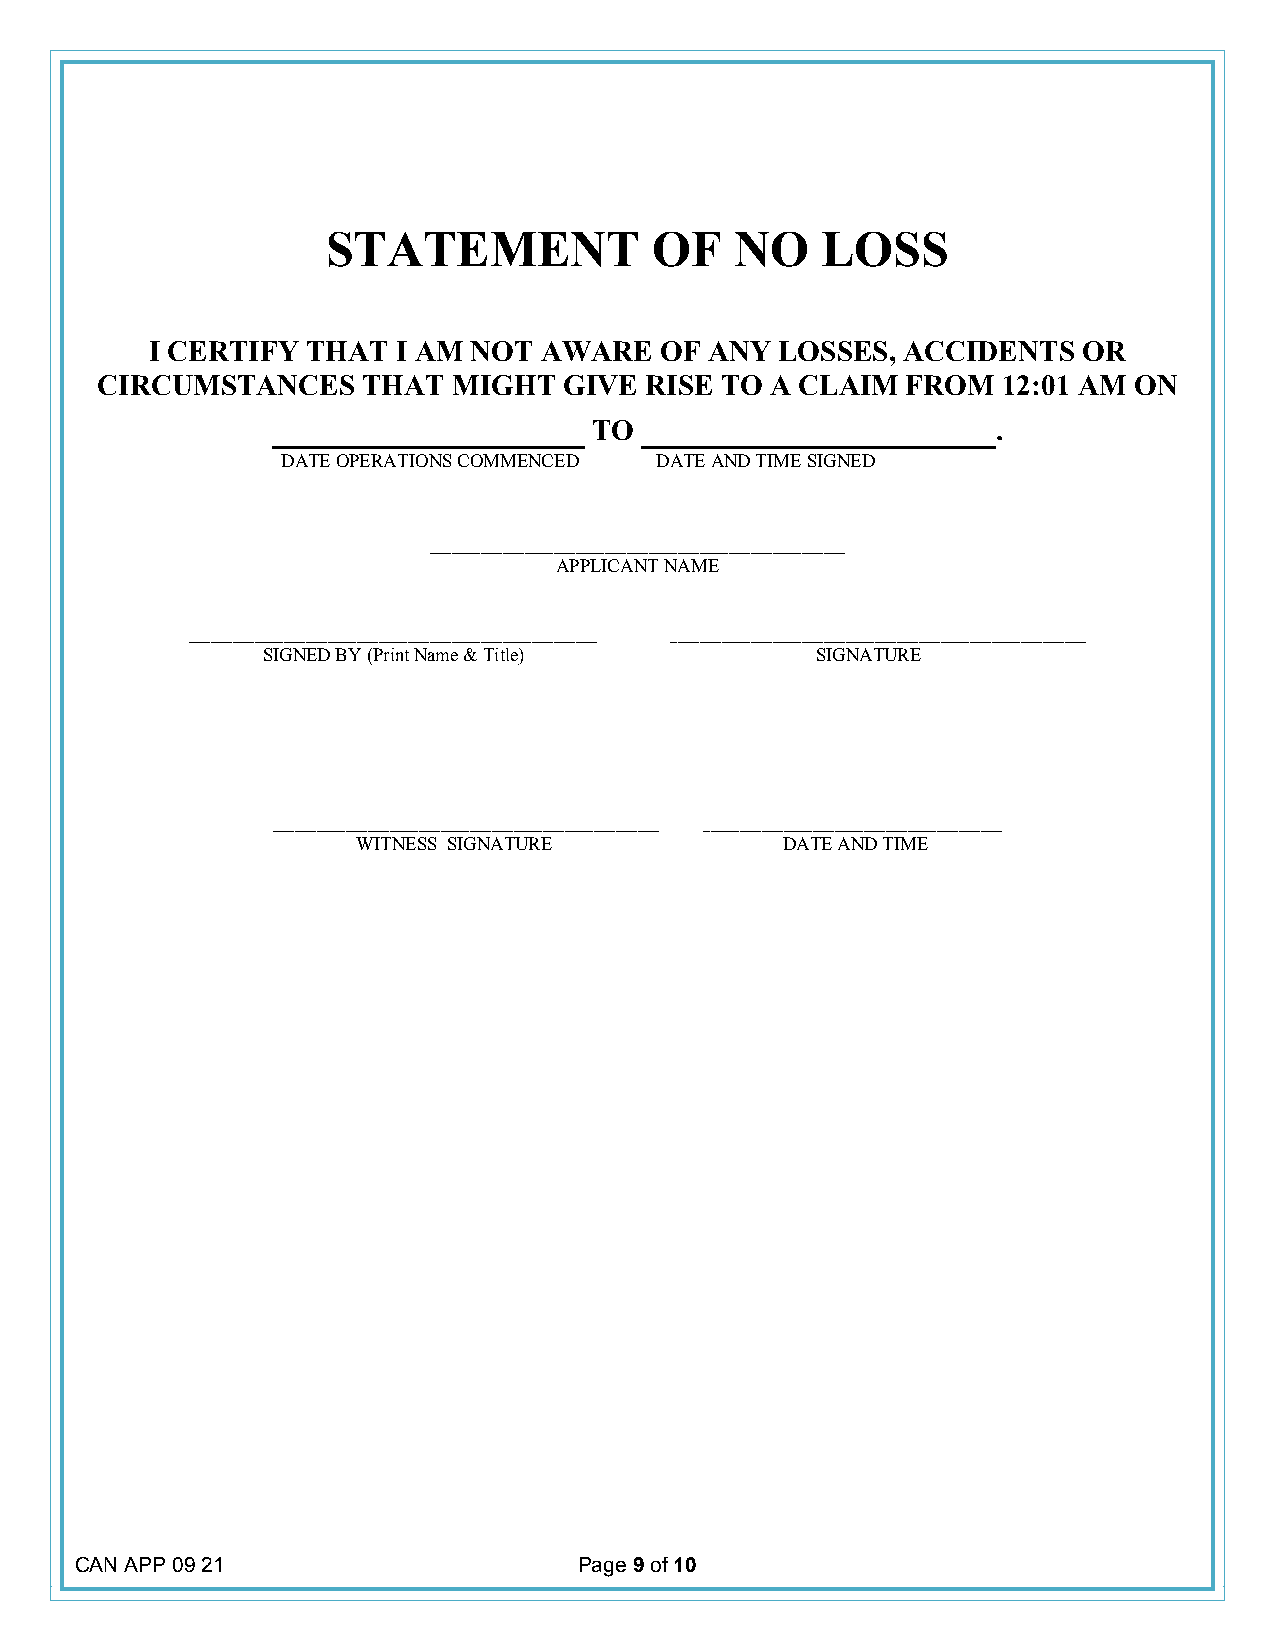
STATEMENT            OF    NO   LOSS
 I CERTIFY THAT  I AM NOT  AWARE   OF ANY  LOSSES, ACCIDENTS   OR
 CIRCUMSTANCES     THAT  MIGHT  GIVE  RISE TO A CLAIM  FROM  12:01 AM ON
 _______________         _________________
 TO                         .
 DATE OPERATIONS COMMENCED DATE AND TIME SIGNED
 _________________________________________________________
 APPLICANT NAME
 ________________________________________________________ _________________________________________________________
 SIGNED BY (Print Name & Title)       SIGNATURE
 _____________________________________________________ _________________________________________
 WITNESS SIGNATURE           DATE AND TIME
 CAN APP 09 21                    Page 9 of 10